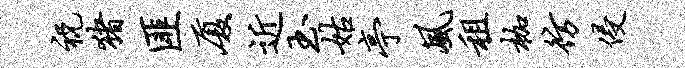
祝猪匪厦近玉姑亭风租枷彷侵